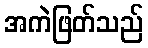
အကဲဖြတ်သည်